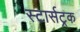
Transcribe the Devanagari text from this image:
स्टार्सट्रक